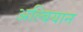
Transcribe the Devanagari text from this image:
अल्बियान